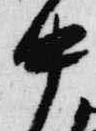
中